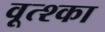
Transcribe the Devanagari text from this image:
वूत्श्का